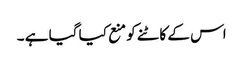
اس کے کاٹنے کو منع کیا گیا ہے ۔